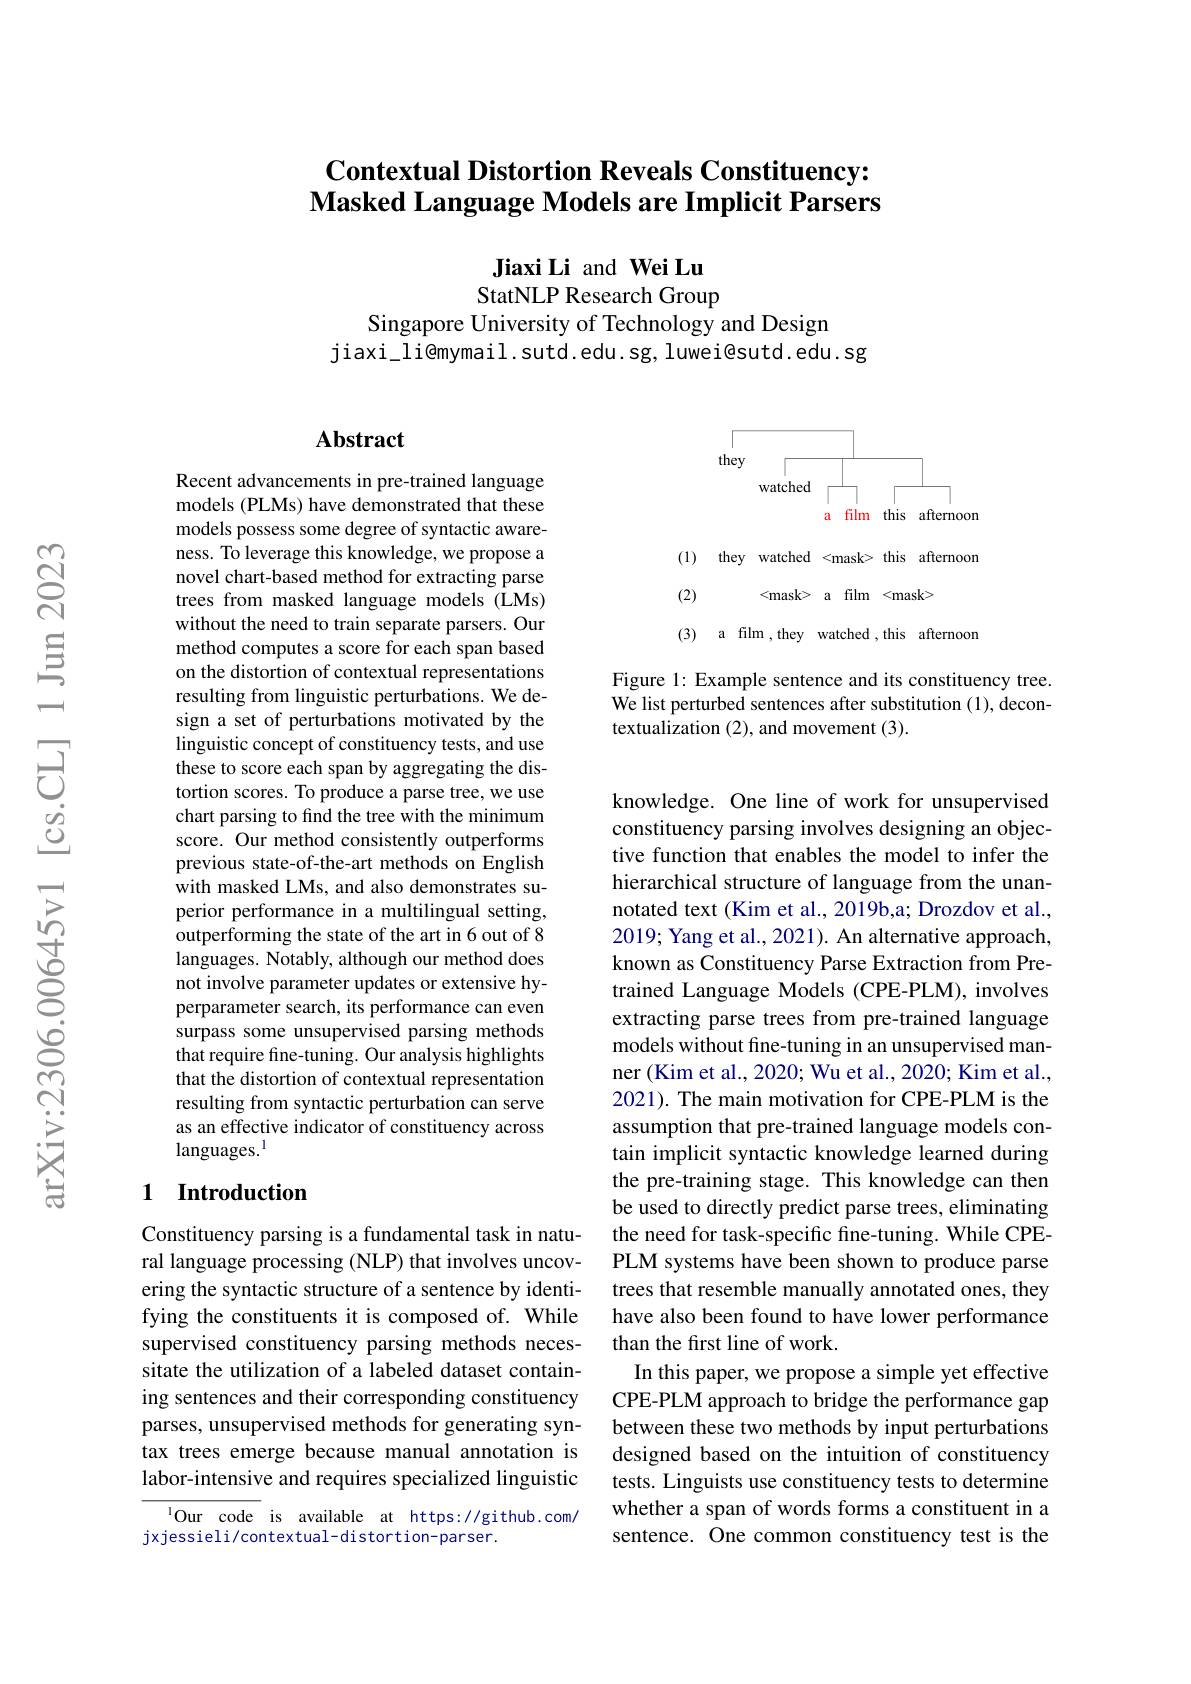
# $\textbf{Contextual Distortion Reveals Constituency: }$ Masked Language Models are Implicit Parsers

Jiaxi Li and Wei Lu StatNLP Research Group

Singapore University of Technology and Design
jiaxi\_li@mymail.sutd.edu.sg, luwei@sutd.edu.sg

## Abstract

Recent advancements in pre-trained language models (PLMs) have demonstrated that these models possess some degree of syntactic awareness. To leverage this knowledge, we propose a novel chart-based method for extracting parse trees from masked language models (LMs) without the need to train separate parsers. Our method computes a score for each span based on the distortion of contextual representations resulting from linguistic perturbations. We design a set of perturbations motivated by the linguistic concept of constituency tests, and use these to score each span by aggregating the distortion scores. To produce a parse tree, we use chart parsing to find the tree with the minimum score. Our method consistently outperforms previous state-of-the-art methods on English with masked LMs, and also demonstrates superior performance in a multilingual setting, outperforming the state of the art in 6 out of 8 languages. Notably, although our method does not involve parameter updates or extensive hyperparameter search, its performance can even surpass some unsupervised parsing methods that require fine-tuning. Our analysis highlights that the distortion of contextual representation resulting from syntactic perturbation can serve as an effective indicator of constituency across languages.$^{\mathrm{l}}$

### 1 Introduction

Constituency parsing is a fundamental task in natural language processing (NLP) that involves uncovering the syntactic structure of a sentence by identifying the constituents it is composed of. While supervised constituency parsing methods necessitate the utilization of a labeled dataset containing sentences and their corresponding constituency parses, unsupervised methods for generating syntax trees emerge because manual annotation is labor-intensive and requires specialized linguistic

$^{1}$Our code is available at https://github.com/
jxjessieli/contextual-distortion-parser.

<FigureHere>

Figure 1: Example sentence and its constituency tree. We list perturbed sentences after substitution (1), decontextualization (2), and movement (3).

knowledge. One line of work for unsupervised constituency parsing involves designing an objective function that enables the model to infer the hierarchical structure of language from the unannotated text (Kim et al., 2019b,a; Drozdov et al., 2019; Yang et al., 2021). An alternative approach, known as Constituency Parse Extraction from Pretrained Language Models (CPE-PLM), involves extracting parse trees from pre-trained language models without fine-tuning in an unsupervised manner (Kim et al., 2020; Wu et al., 2020; Kim et al., 2021). The main motivation for CPE-PLM is the assumption that pre-trained language models contain implicit syntactic knowledge learned during the pre-training stage. This knowledge can then be used to directly predict parse trees, eliminating the need for task-specific fine-tuning. While CPEPLM systems have been shown to produce parse trees that resemble manually annotated ones, they have also been found to have lower performance than the first line of work.
In this paper, we propose a simple yet effective CPE-PLM approach to bridge the performance gap between these two methods by input perturbations designed based on the intuition of constituency tests. Linguists use constituency tests to determine whether a span of words forms a constituent in a sentence. One common constituency test is the